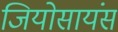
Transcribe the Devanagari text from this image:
जियोसायंस